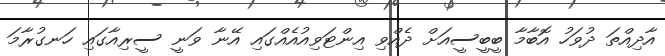
އާދިއްތަ ދުވަހު އޮބާމާ ބީބީސީއަށް ދެއްވި އިންޓަވިއުއެއްގައި އޭނާ ވަނީ ސީރިއާގައި ހަނގުރާމަ